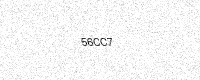
Text: 56CC7